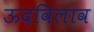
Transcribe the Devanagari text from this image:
ऊदविलाव